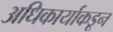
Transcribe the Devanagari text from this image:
अधिकार्याकडून